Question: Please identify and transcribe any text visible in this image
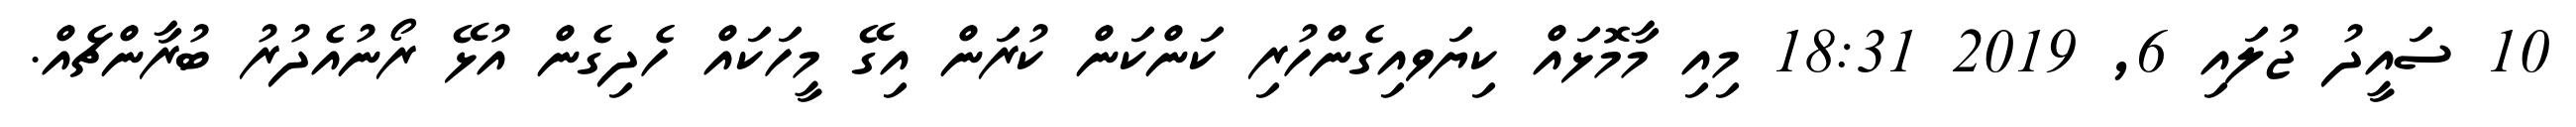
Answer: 10 ސައީދު ޖުލައި 6, 2019 18:31 މިއި މާމޮޅައް ކިޔަވއިގެންހުރި ކަންކަން ކުރަން އިގޭ މީހަކައް ހެދިގެން އުޅޭ ރޯނުއެދުރު ބުރާންޗެއް.